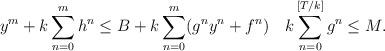
LaTeX: \begin{align*}y^m + k \sum_{n=0}^m h^n &\le B + k\sum_{n=0}^m (g^n y^n+f^n)~~~k\sum_{n=0}^{[T/k]} g^n \le M.\end{align*}